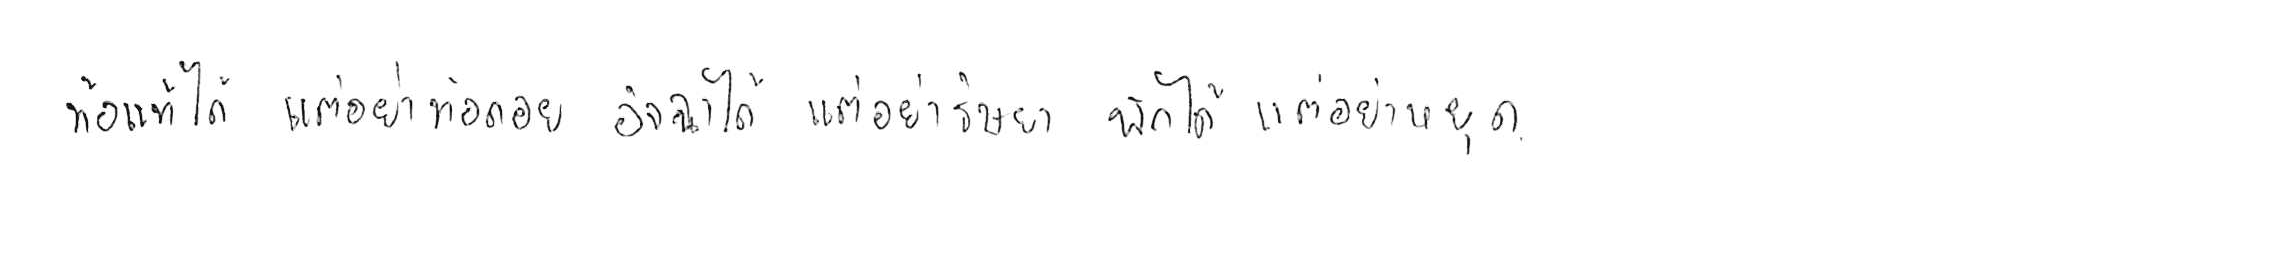
ท้อแท้ได้ แต่อย่าท้อถอย อิจฉาได้ แต่อย่าริษยา พักได้ แต่อย่าหยุด